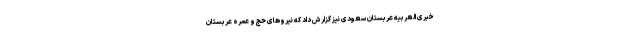
خبری العربیه عربستان سعودی نیز گزارش داد که نیروهای حج و عمره عربستان